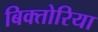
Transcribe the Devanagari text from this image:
बिक्तोरिया